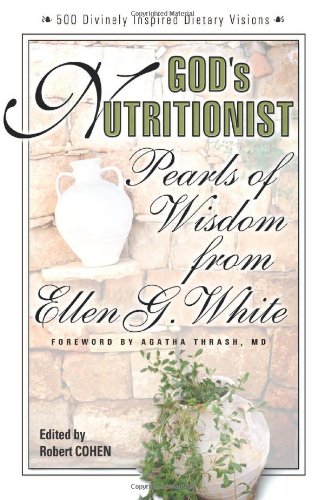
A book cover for God's Nutritionist: Pearls of Wisdom from Ellen G. White (Squareone Classics); Ellen G. White; Christian Books & Bibles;